Document type: Sale
Year: 1354
Scribe: Bernat de Torre
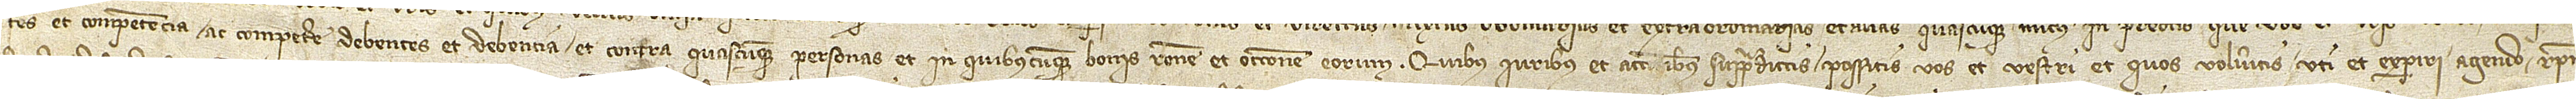
tes et competencia ac competere debentes et debencia, et contra quascumque personas et in quibuscumque bonis ratione et occasione eorum. Quibus iuribus et accionibus supradictis possitis vos et vestri et quos volueritis uti et experiri, agendo, respon-